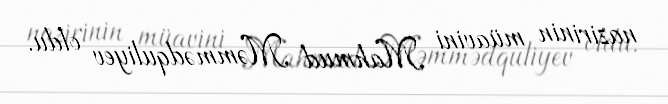
nazirinin müavini Mahmud Məmmədquliyev oldu.